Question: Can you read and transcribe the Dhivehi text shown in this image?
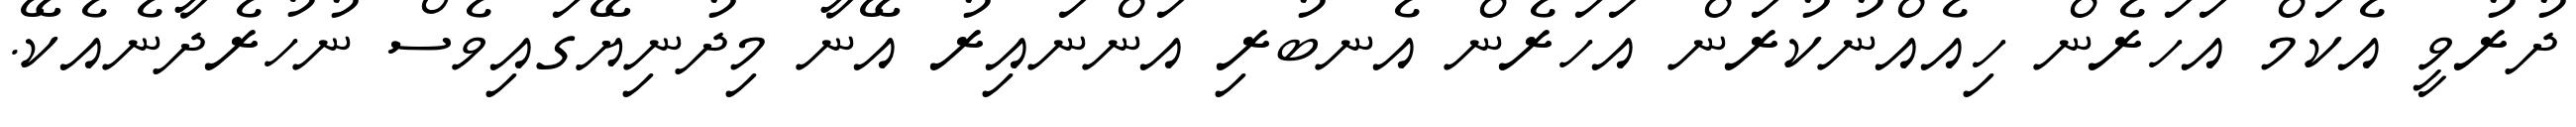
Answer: ދުރުވީ އެކަމް އަހަރެން ހިއެއްނުކުރަން އަހަރެން އެނބުރި އަންނައިރު އޭނާ މިދުނިޔޭގައިވެސް ނުހުރެދާނެއެކޭ.